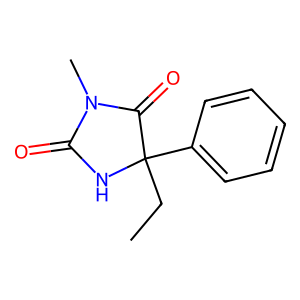
SMILES: CCC1(c2ccccc2)NC(=O)N(C)C1=O
Inhibits HIV replication: No